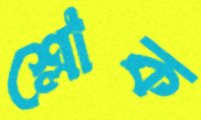
শ্লোক